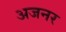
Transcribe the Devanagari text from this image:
अजनर